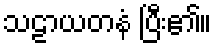
သဠာယတနံ ပြီး၏။